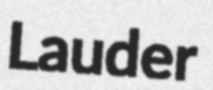
Lauder